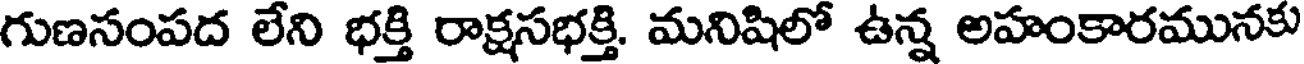
గుణసంపద లేని భక్తి రాక్షసభక్తి. మనిషిలో ఉన్న అహంకారమునకు